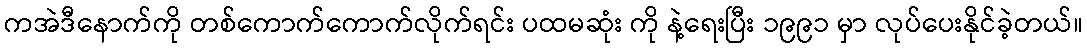
ကအဲဒီနောက်ကို တစ်ကောက်ကောက်လိုက်ရင်း ပထမဆုံး ကို နဲ့ရေးပြီး ၁၉၉၁ မှာ လုပ်ပေးနိုင်ခဲ့တယ်။